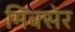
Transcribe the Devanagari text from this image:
मिक्सेर